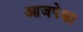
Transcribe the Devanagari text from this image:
आजपेक्षा